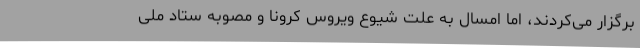
برگزار می‌کردند، اما امسال به علت شیوع ویروس کرونا و مصوبه ستاد ملی